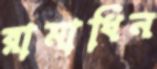
রামাধিন